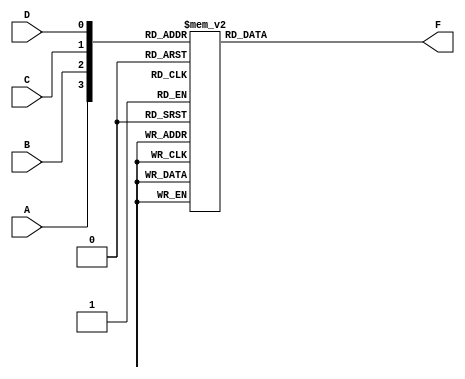
module kmap_4var (
    input wire A,  // Input variable A
    input wire B,  // Input variable B
    input wire C,  // Input variable C
    input wire D,  // Input variable D
    output reg F   // Output F (simplified Boolean function)
);

// Combinational logic to determine output based on K-map
always @(*) begin
    case ({A, B, C, D})
        4'b0000: F = 1'b0; // 0
        4'b0001: F = 1'b1; // 1
        4'b0010: F = 1'b1; // 1
        4'b0011: F = 1'b1; // 1
        4'b0100: F = 1'b0; // 0
        4'b0101: F = 1'b1; // 1
        4'b0110: F = 1'b1; // 1
        4'b0111: F = 1'b1; // 1
        4'b1000: F = 1'b0; // 0
        4'b1001: F = 1'b1; // 1
        4'b1010: F = 1'b0; // 0
        4'b1011: F = 1'b1; // 1
        4'b1100: F = 1'b0; // 0
        4'b1101: F = 1'b1; // 1
        4'b1110: F = 1'b1; // 1
        4'b1111: F = 1'b1; // 1
        default: F = 1'b0; // Default case
    endcase
end

endmodule